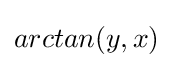
arctan(y,x)